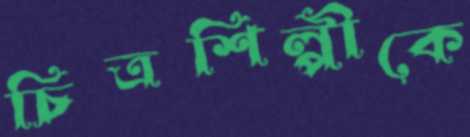
চিত্রশিল্পীকে